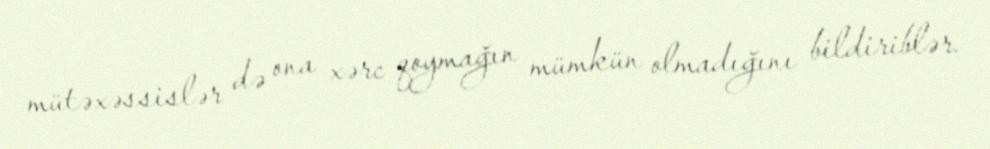
mütəxəssislər də ona xərc qoymağın mümkün olmadığını bildiriblər.